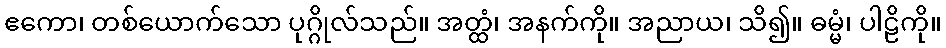
ဧကော၊ တစ်ယောက်သော ပုဂ္ဂိုလ်သည်။ အတ္ထံ၊ အနက်ကို။ အညာယ၊ သိ၍။ ဓမ္မံ၊ ပါဠိကို။